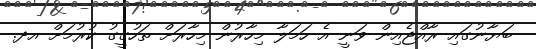
ބަޔާނުގައި ރާއްޖެއިން ވަނީ އެ ހަމަލާ މިހާރުން މިހާރަށް ތަހުގީގު ކުރުމަށް އދ.